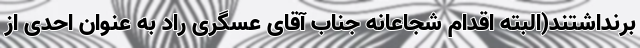
برنداشتند(البته اقدام شجاعانه جناب آقای عسگری راد به عنوان احدی از